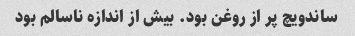
ساندویچ پر از روغن بود. بیش از اندازه ناسالم بود